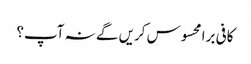
کافی برا محسوس کریں گے نہ آپ؟